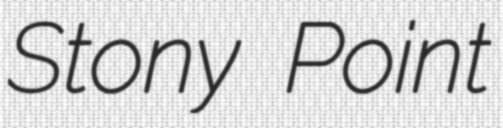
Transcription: Stony Point